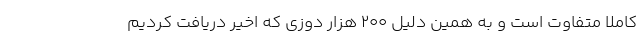
کاملا متفاوت است و به همین دلیل ۲۰۰ هزار دوزی که اخیر دریافت کردیم